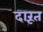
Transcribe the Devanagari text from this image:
दारूंत